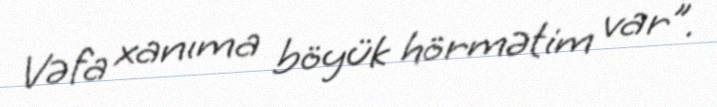
Vəfa xanıma böyük hörmətim var”.